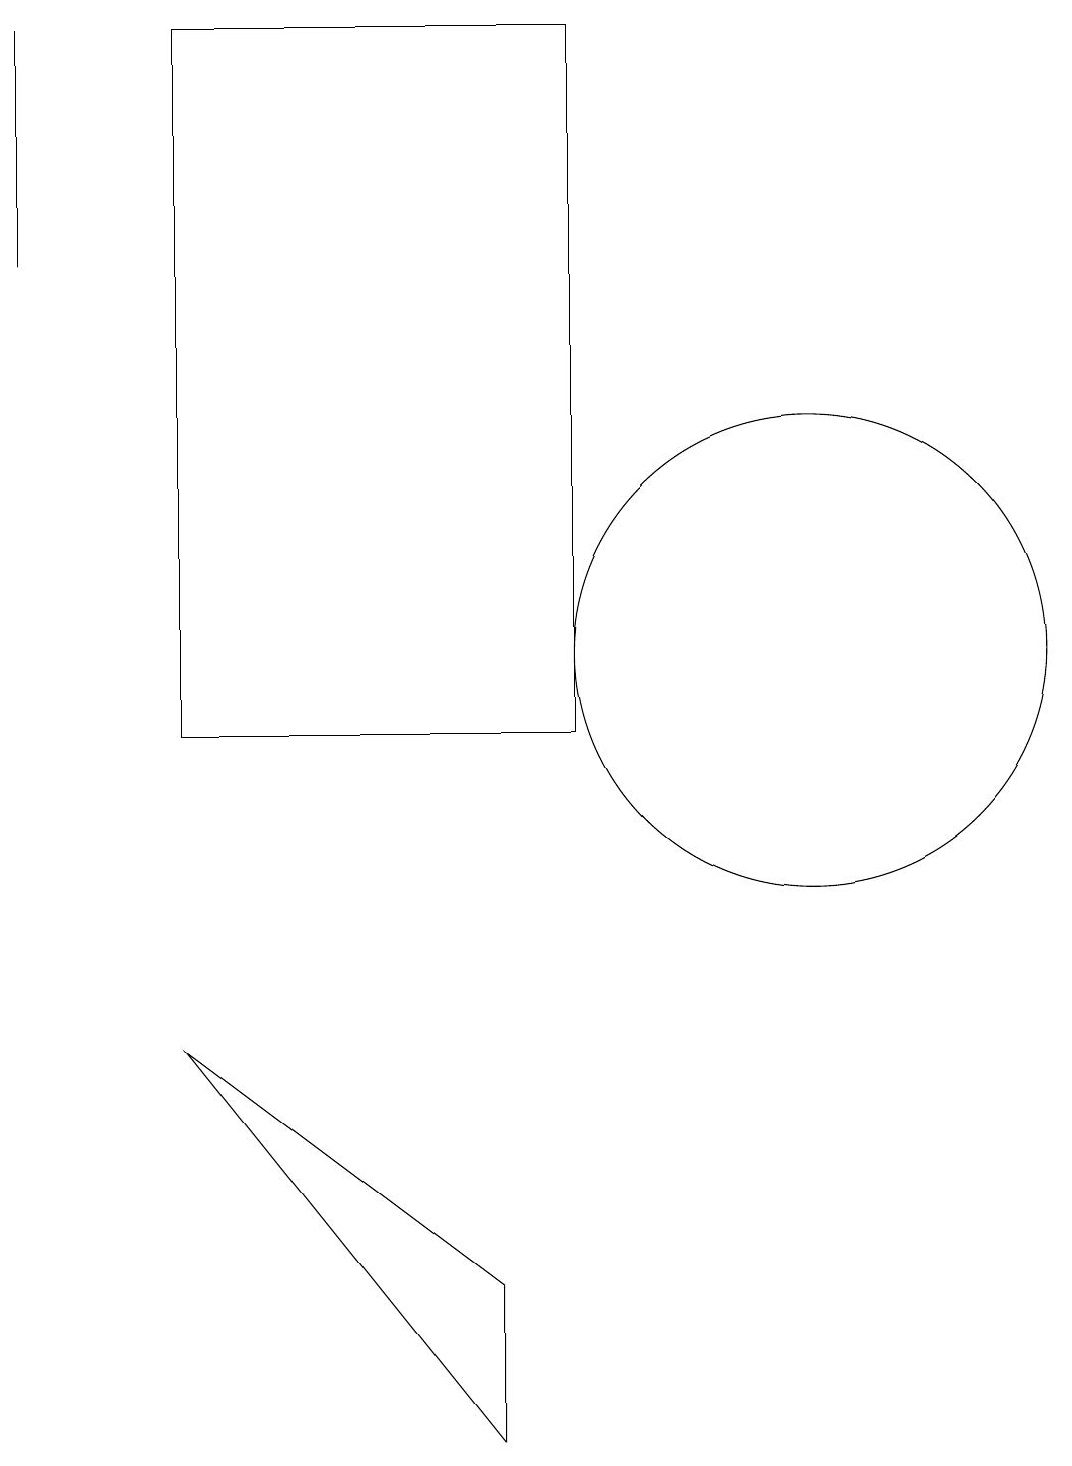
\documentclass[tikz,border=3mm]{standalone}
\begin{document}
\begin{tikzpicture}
\draw (9,19) rectangle (4,10);
\draw (2,16) rectangle (2,19);
\draw (8,1) -- (8,3) -- (4,6) -- cycle;
\draw (12,11) circle (3);
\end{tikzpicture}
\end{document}